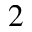
_ 2